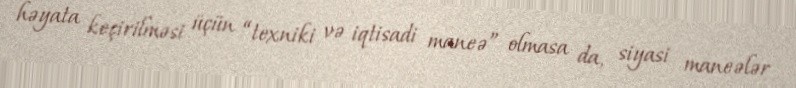
həyata keçirilməsi üçün “texniki və iqtisadi maneə” olmasa da, siyasi maneələr